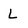
Character: L